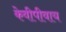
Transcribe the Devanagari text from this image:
केवीपीवाय